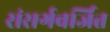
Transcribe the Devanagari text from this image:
संसर्गवर्जित